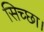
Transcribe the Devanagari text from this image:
सिच्‍छा।